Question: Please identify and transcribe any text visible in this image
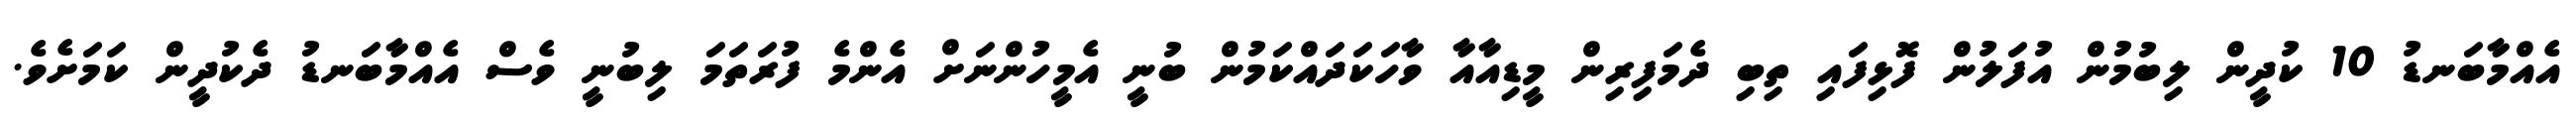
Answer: އެއްމާބަނޑު 10 ކުދީން ލިބުމުން އުފަލުން ފޮޅިފައި ތިބި ދެމަފިރިން މީޑިއާއާ ވާހަކަދައްކަމުން ބުނީ އެމީހުންނަށް އެންމެ ފުރަތަމަ ލިބުނީ ވެސް އެއްމާބަނޑު ދެކުދީން ކަމަށެވެ.